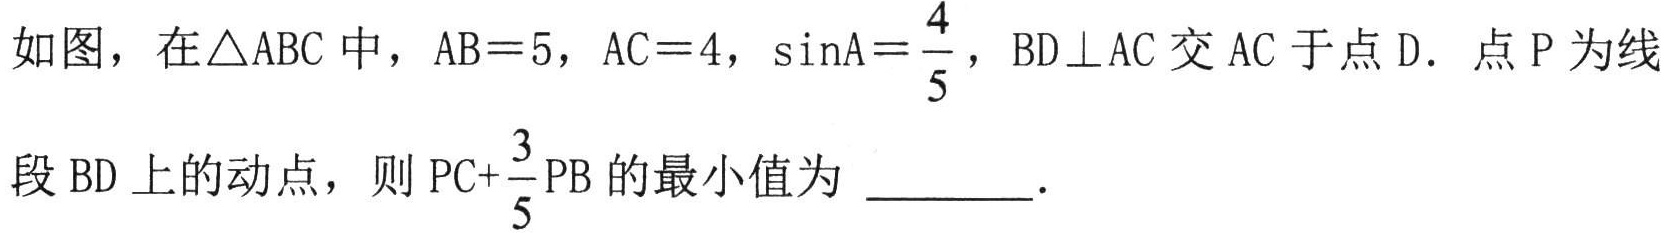
如图，在\(\triangle \mathrm{ABC}\)中，\(\mathrm{AB}=5\)，\(\mathrm{AC}=4\)，\(\sin\mathrm{A}=\frac{4}{5}\)，\(\mathrm{BD}\perp\mathrm{AC}\)交\(\mathrm{AC}\)于点\(\mathrm{D}\)．点\(\mathrm{P}\)为线
段\(\mathrm{BD}\)上的动点，则\(\mathrm{PC}+\frac{3}{5}\mathrm{PB}\)的最小值为 \_\_\_\_\_．